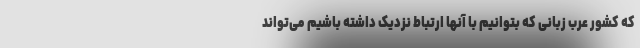
که کشور عرب زبانی که بتوانیم با آنها ارتباط نزدیک داشته باشیم می‌تواند